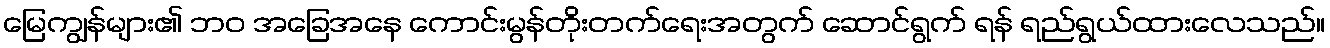
မြေကျွန်များ၏ ဘဝ အခြေအနေ ကောင်းမွန်တိုးတက်ရေးအတွက် ဆောင်ရွက် ရန် ရည်ရွယ်ထားလေသည်။